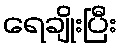
ရေချိုးပြီး